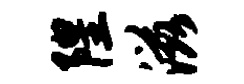
隍滋